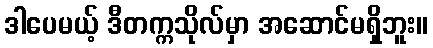
ဒါပေမယ့် ဒီတက္ကသိုလ်မှာ အဆောင်မရှိဘူး။